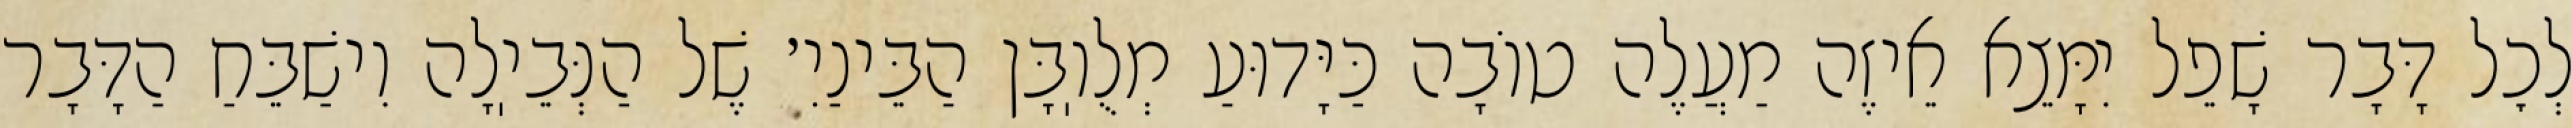
לְכׇל דָּבָר שָׁפֵל יִמָּצֵא אֵיזֶה מַעֲלֶה טוֹבָה כַּיָּדוּעַ מְלֻוֽבָּן הַבֵּינַיִ׳ שֶׁל הַנְּבֵיֽלָה וִישַׁבֵּחַ הַדָּבָר